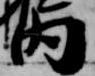
内